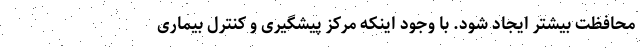
محافظت بیشتر ایجاد شود. با وجود اینکه مرکز پیشگیری و کنترل بیماری